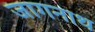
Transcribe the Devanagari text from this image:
जागनाथ